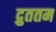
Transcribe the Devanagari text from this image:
द्रुततम